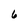
Character: 6